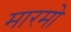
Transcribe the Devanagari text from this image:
मारमो